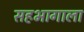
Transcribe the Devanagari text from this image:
सहभागाला